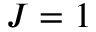
J = 1